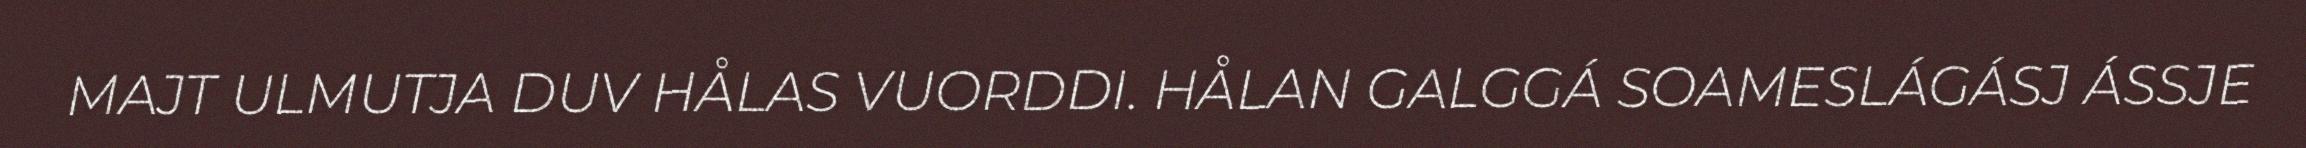
MAJT ULMUTJA DUV HÅLAS VUORDDI. HÅLAN GALGGÁ SOAMESLÁGÁSJ ÁSSJE